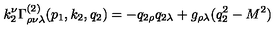
k _ { 2 } ^ { \nu } \Gamma _ { \rho \nu \lambda } ^ { ( 2 ) } ( p _ { 1 } , k _ { 2 } , q _ { 2 } ) = - q _ { 2 \rho } q _ { 2 \lambda } + g _ { \rho \lambda } ( q _ { 2 } ^ { 2 } - M ^ { 2 } )